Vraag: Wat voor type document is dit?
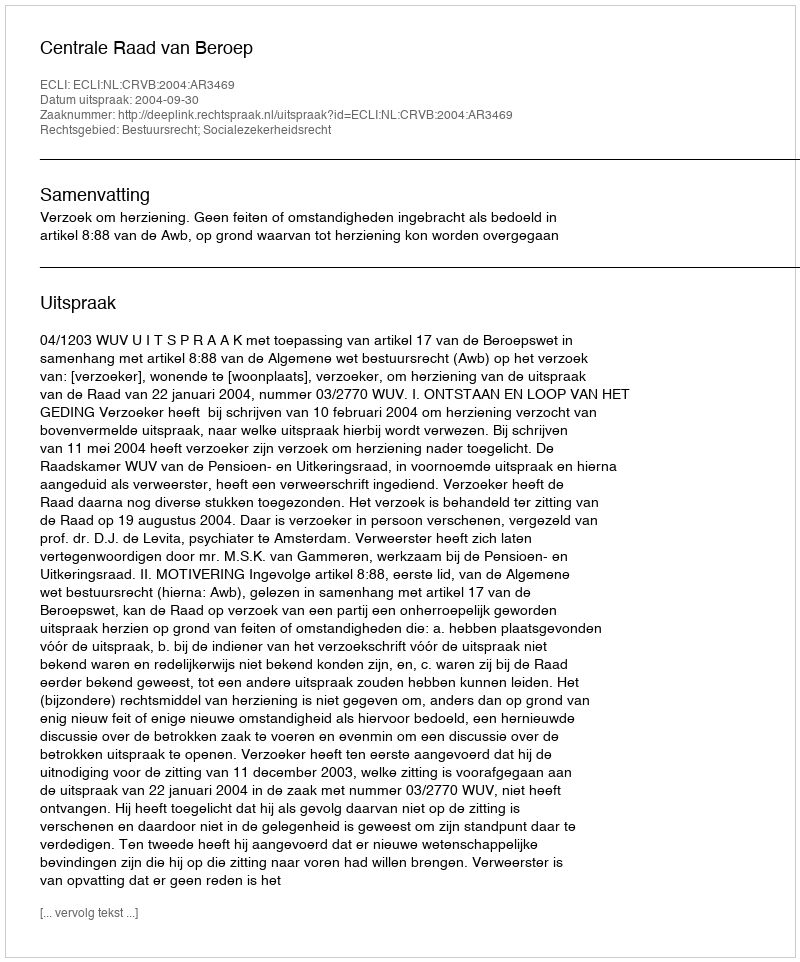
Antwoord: Uitspraak